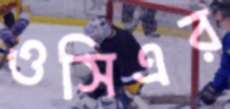
ওসিএর